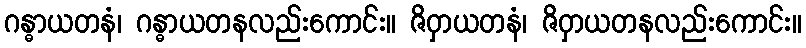
ဂန္ဓာယတနံ၊ ဂန္ဓာယတနလည်းကောင်း။ ဇိဝှာယတနံ၊ ဇိဝှာယတနလည်းကောင်း။